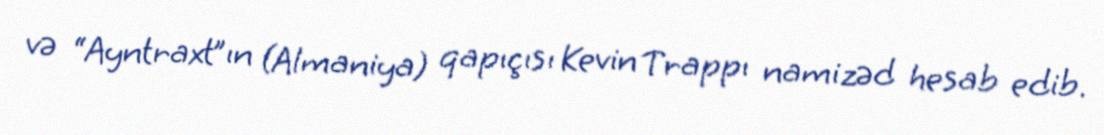
və “Ayntraxt”ın (Almaniya) qapıçısı Kevin Trappı namizəd hesab edib.